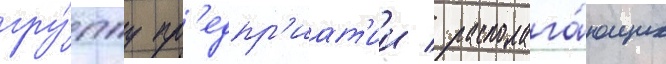
гру́ппу пр'едпр'иат'ии / располага́ющих